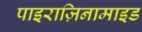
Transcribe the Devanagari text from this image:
पाइराज़िनामाइड